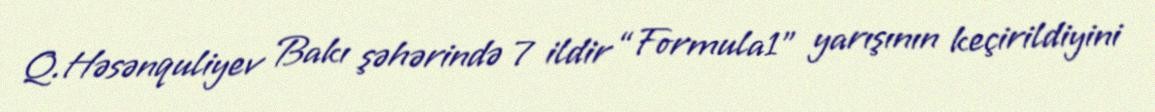
Q.Həsənquliyev Bakı şəhərində 7 ildir “Formula1” yarışının keçirildiyini